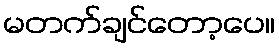
မတက်ချင်တော့ပေ။